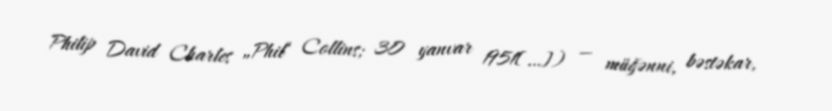
Philip David Charles „Phil“ Collins; 30 yanvar 1951[…]) — müğənni, bəstəkar,